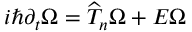
i \hbar \partial _ { t } \Omega = \widehat { T } _ { n } \Omega + E \Omega